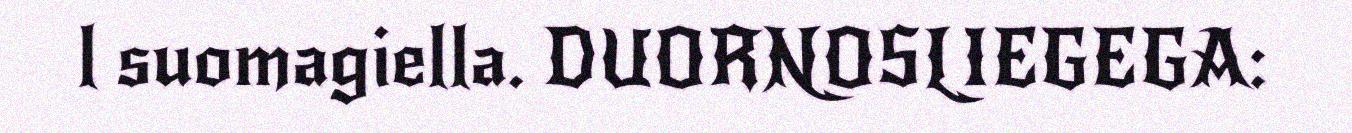
l suomagiella. DUORNOSLIEGEGA: